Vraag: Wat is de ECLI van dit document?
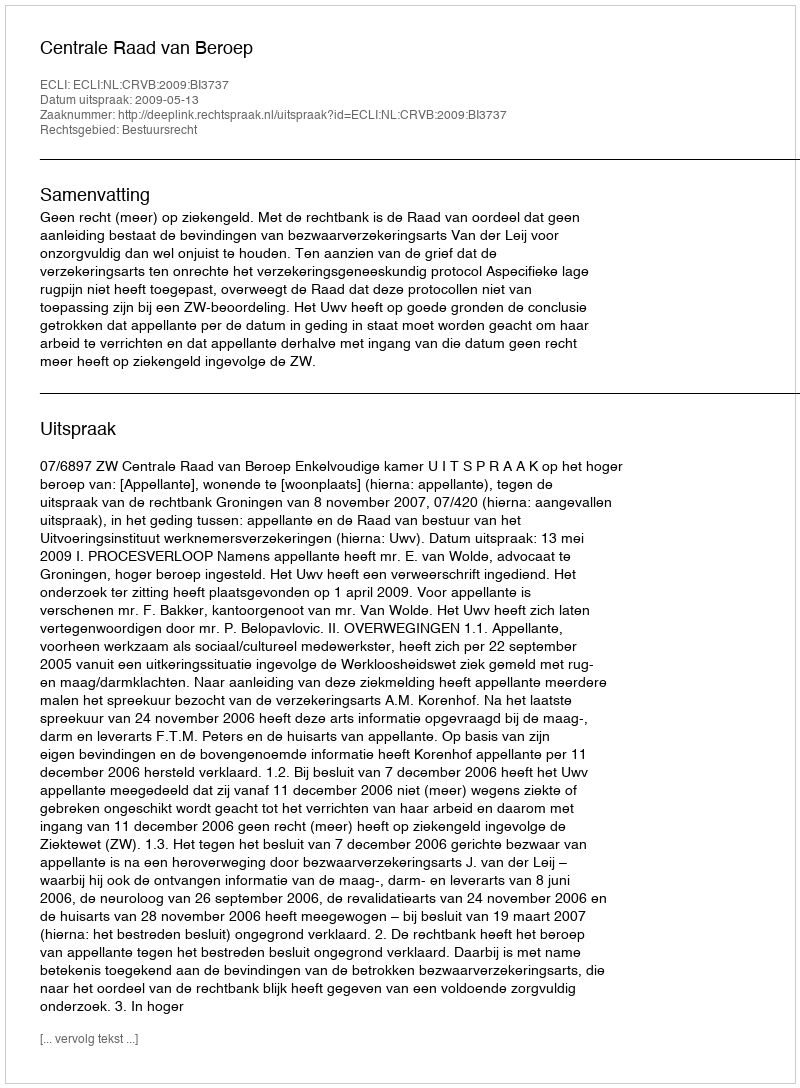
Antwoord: ECLI:NL:CRVB:2009:BI3737